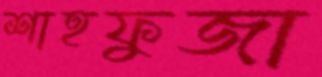
শাহফুজা